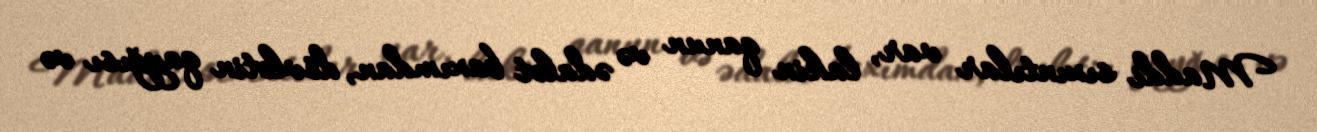
Maddi sıxıntılar var, lakin qanun və ədalət baxımdan, dövlətin qayğısı və